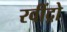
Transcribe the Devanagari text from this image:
रवींद्रो